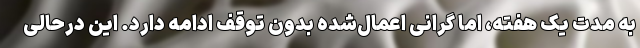
به مدت یک هفته، اما گرانی اعمال‌شده بدون توقف ادامه دارد. این درحالی